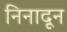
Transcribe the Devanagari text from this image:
निनादून